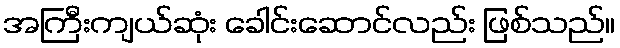
အကြီးကျယ်ဆုံး ခေါင်းဆောင်လည်း ဖြစ်သည်။